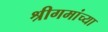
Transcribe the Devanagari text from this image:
श्रीगमांच्या